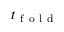
t _ { \mathrm { ~ f ~ o ~ l ~ d ~ } }